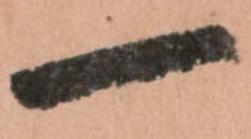
一